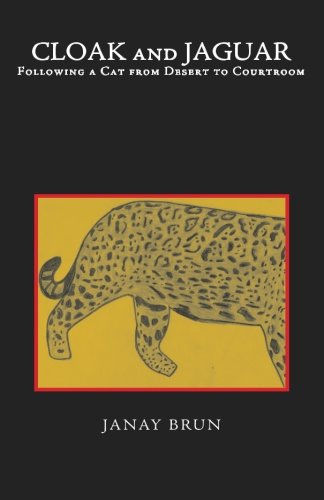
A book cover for Cloak and Jaguar: Following a Cat from Desert to Courtroom; Janay Brun; Science & Math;